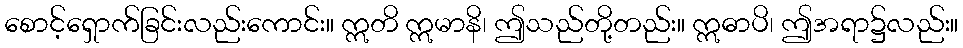
စောင့်ရှောက်ခြင်းလည်းကောင်း။ ဣတိ ဣမာနိ၊ ဤသည်တို့တည်း။ ဣဓာပိ၊ ဤအရာ၌လည်း။